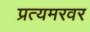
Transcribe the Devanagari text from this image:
प्रत्यमरवर